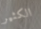
الكثير